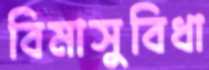
বিমাসুবিধা